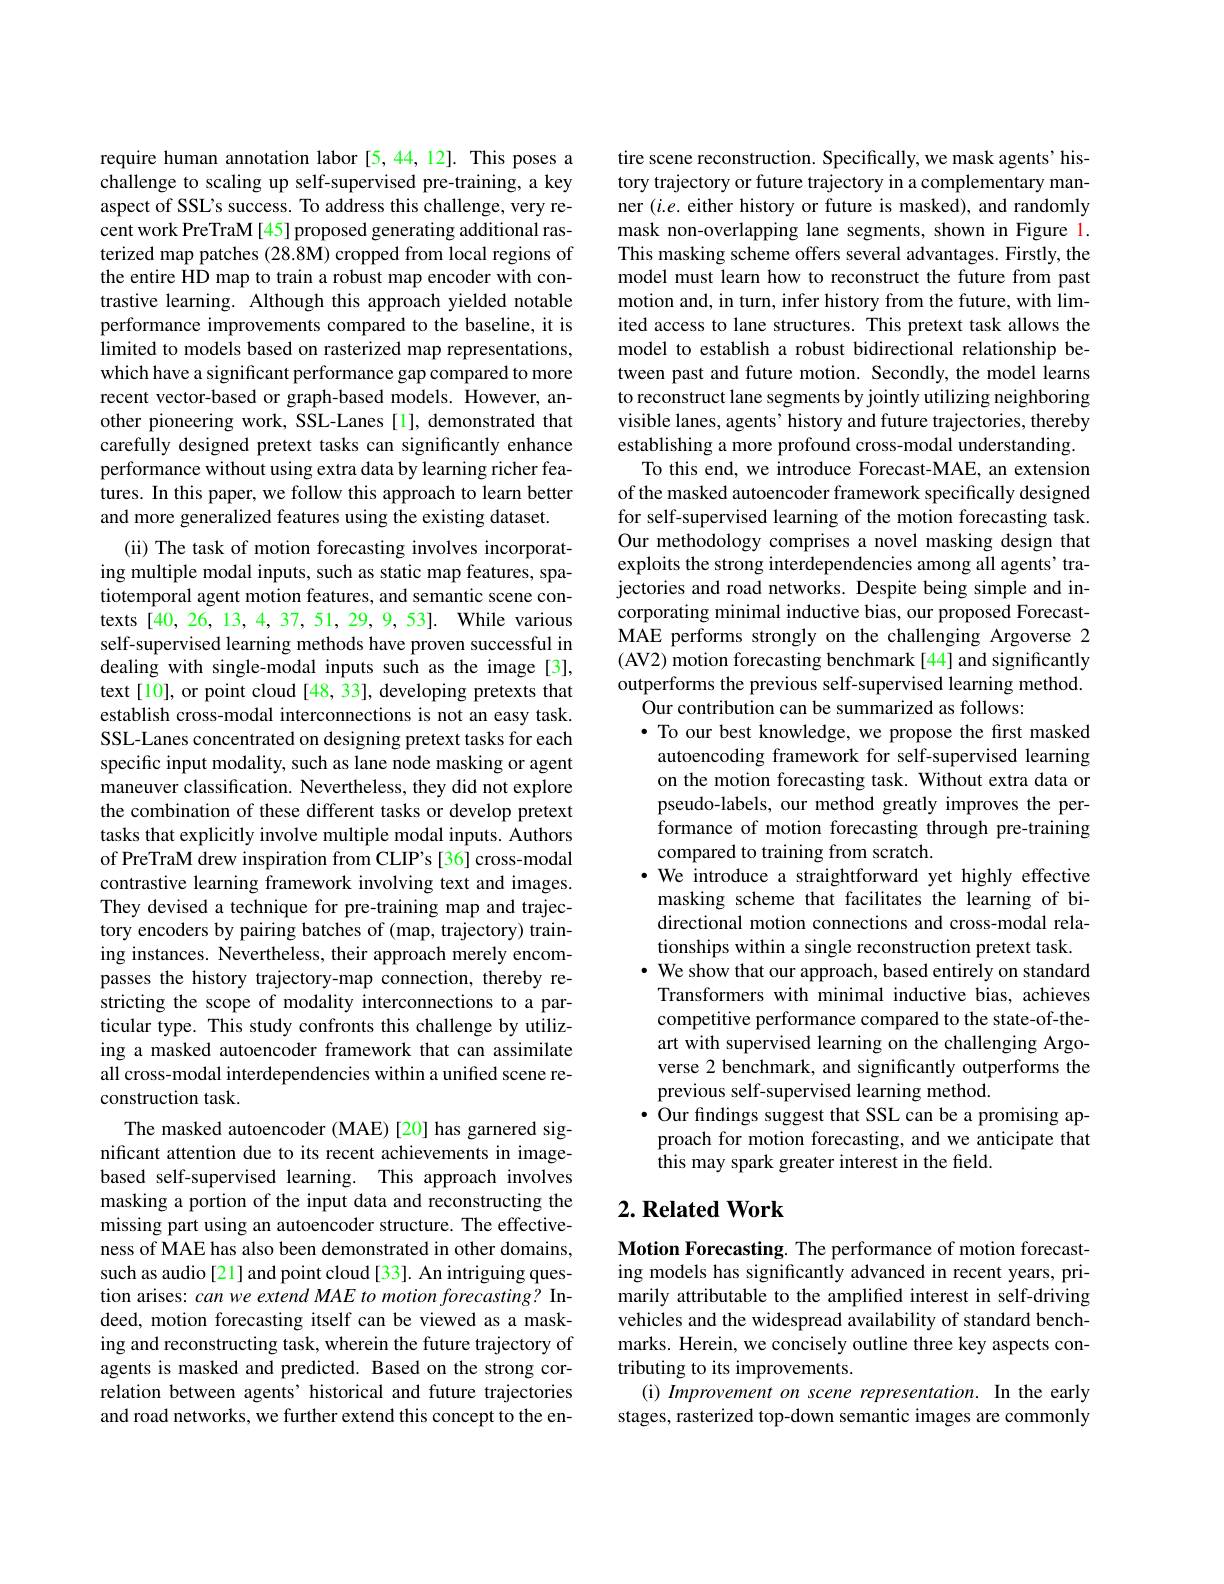
require human annotation labor [5,44,12]. This poses a challenge to scaling up self-supervised pre-training, a key aspect of SSL's success. To address this challenge, very recent work PreTraM [45] proposed generating additional rasterized map patches (28.8M) cropped from local regions of the entire HD map to train a robust map encoder with contrastive learning. Although this approach yielded notable performance improvements compared to the baseline, it is limited to models based on rasterized map representations, which have a significant performance gap compared to more recent vector-based or graph-based models. However, another pioneering work, SSL-Lanes [1], demonstrated that carefully designed pretext tasks can significantly enhance performance without using extra data by learning richer features. In this paper, we follow this approach to learn better and more generalized features using the existing dataset.
(ii) The task of motion forecasting involves incorporating multiple modal inputs, such as static map features, spatiotemporal agent motion features, and semantic scene contexts [40,26,13,4,37,51,29,9,53]. While various self-supervised learning methods have proven successful in dealing with single-modal inputs such as the image[3], text [10], or point cloud [48, 33], developing pretexts that establish cross-modal interconnections is not an easy task. SSL-Lanes concentrated on designing pretext tasks for each specific input modality, such as lane node masking or agent maneuver classification. Nevertheless, they did not explore the combination of these different tasks or develop pretext tasks that explicitly involve multiple modal inputs. Authors of PreTraM drew inspiration from CLIP's [36] cross-modal contrastive learning framework involving text and images. They devised a technique for pre-training map and trajectory encoders by pairing batches of (map, trajectory) training instances. Nevertheless, their approach merely encompasses the history trajectory-map connection, thereby restricting the scope of modality interconnections to a particular type. This study confronts this challenge by utilizing a masked autoencoder framework that can assimilate all cross-modal interdependencies within a unified scene reconstruction task.
The masked autoencoder (MAE)[20] has garnered significant attention due to its recent achievements in imagebased self-supervised learning. This approach involves masking a portion of the input data and reconstructing the missing part using an autoencoder structure. The effectiveness of MAE has also been demonstrated in other domains, such as audio [21] and point cloud [33]. An intriguing question arises: can we extend MAE to motion forecasting? Indeed, motion forecasting itself can be viewed as a masking and reconstructing task, wherein the future trajectory of agents is masked and predicted. Based on the strong correlation between agents’historical and future trajectories and road networks, we further extend this concept to the en-

tire scene reconstruction. Specifically, we mask agents' history trajectory or future trajectory in a complementary manner $(i.e.$ either history or future is masked), and randomly mask non-overlapping lane segments, shown in Figure 1. This masking scheme offers several advantages. Firstly, the model must learn how to reconstruct the future from past motion and, in turn, infer history from the future, with limited access to lane structures. This pretext task allows the model to establish a robust bidirectional relationship between past and future motion. Secondly, the model learns to reconstruct lane segments by jointly utilizing neighboring visible lanes, agents' history and future trajectories, thereby establishing a more profound cross-modal understanding.
To this end, we introduce Forecast-MAE, an extension of the masked autoencoder framework specifically designed for self-supervised learning of the motion forecasting task. Our methodology comprises a novel masking design that exploits the strong interdependencies among all agents' trajectories and road networks. Despite being simple and incorporating minimal inductive bias, our proposed ForecastMAE performs strongly on the challenging Argoverse 2 (AV2) motion forecasting benchmark [44] and significantly outperforms the previous self-supervised learning method.
Our contribution can be summarized as follows:
$\bullet$ To our best knowledge, we propose the first masked autoencoding framework for self-supervised learning on the motion forecasting task. Without extra data or pseudo-labels, our method greatly improves the performance of motion forecasting through pre-training compared to training from scratch.
·We introduce a straightforward yet highly effective masking scheme that facilitates the learning of bidirectional motion connections and cross-modal relationships within a single reconstruction pretext task. $\bullet$ We show that our approach, based entirely on standard
Transformers with minimal inductive bias, achieves competitive performance compared to the state-of-theart with supervised learning on the challenging Argoverse 2 benchmark, and significantly outperforms the previous self-supervised learning method.
$\bullet$ Our findings suggest that SSL can be a promising approach for motion forecasting, and we anticipate that this may spark greater interest in the field.

## $2. \textbf{ Related Work}$

Motion Forecasting. The performance of motion forecasting models has significantly advanced in recent years, primarily attributable to the amplifed interest in self-driving vehicles and the widespread availability of standard benchmarks. Herein, we concisely outline three key aspects contributing to its improvements.
(i) Improvement on scene representation. In the early stages, rasterized top-down semantic images are commonly